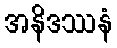
အနိဒဿနံ